Lunatic asylums Madras 1877-1891 - 1877-1891
Year: 1877
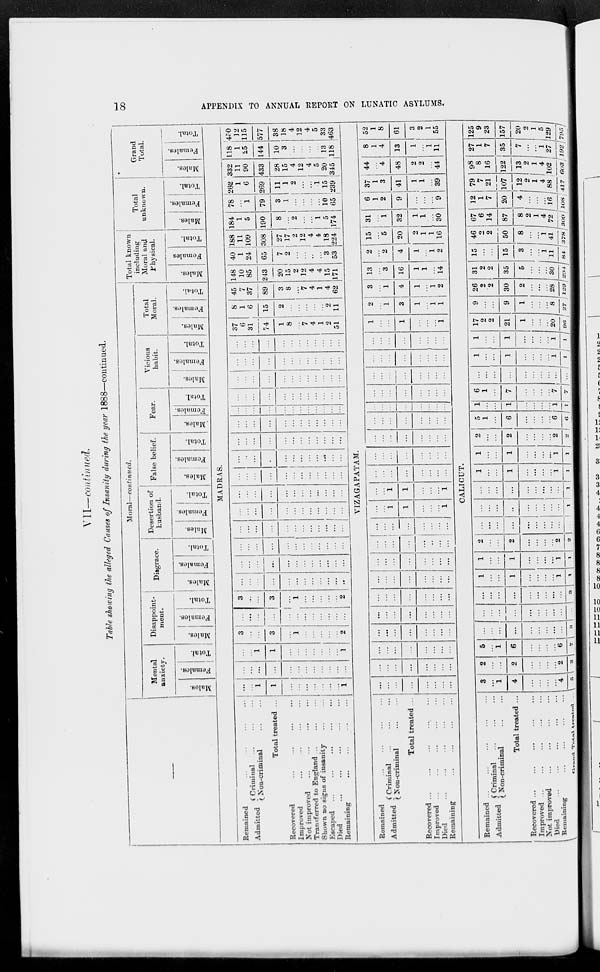
18
APPENDIX TO ANNUAL REPORT ON LUNATIC ASYLUMS.
VII—continued.
Table showing the alleged Causes of Insanity during the year 1888—continued.
––
Moral—continued.
Mental
anxiety.
Males.
Females.
Total.
Disappoint-
ment.
Males.
Females.
Total.
Disgrace.
Males.
Females.
Total.
Desertion of
husband.
Males.
Females.
Total.
False belief.
Males.
Females.
Total.
Fear.
Males.
Females.
Total.
Vicious
habit.
Males.
Females.
Total.
Total
Moral.
Males.
Females.
Total.
Total known
including
Moral and
Physical.
Males.
Females
Total.
Total
unknown.
Males.
Females.
Total.
Grand
Total.
Males.
Females.
Total.
MADRAS.
Remained ... ... ... ...
Admitted
Criminal ... ... ...
Non-criminal ... ...
Total treated ...
Recovered ... ... ... ... ...
Improved ... ... ... ...
Not improved ... ... ... ...
Transferred to England ... ... ...
Shown no signs of insanity
...
...
Escaped ...
...
... ... ...
Died ... ... ... ... ...
Remaining ... ... ... ...
...
... 1
1
...
...
...
...
...
...
...
1
...
...
...
...
...
...
...
...
...
...
...
...
...
...
1
1
...
...
...
...
...
...
...
1
3
...
...
3
...
1
...
...
...
...
...
2
...
...
...
...
...
...
...
...
...
...
...
...
3
...
...
3
...
1
...
...
...
...
...
2
...
...
...
...
...
...
. ..
...
...
...
...
...
...
...
...
...
...
...
...
...
...
...
...
...
...
...
...
...
...
...
...
...
...
...
...
...
...
...
...
...
...
...
...
...
...
...
...
...
...
...
...
...
...
...
...
...
...
...
...
...
...
....
...
...
...
...
...
...
...
...
...
...
...
...
...
...
...
...
...
...
...
...
...
...
...
...
...
...
...
...
...
...
...
..
...
...
...
...
...
...
...
...
...
...
...
...
...
...
...
...
...
...
...
...
...
...
...
...
...
...
...
...
...
...
...
...
...
...
...
...
...
...
...
...
...
...
...
...
...
...
...
...
...
...
...
...
...
...
...
...
...
...
...
...
...
...
...
...
...
...
...
...
...
...
...
...
...
...
...
...
...
...
...
...
...
...
...
...
...
...
37
6
31
74
1
8
...
7
4
1
2
51
8
1
6
15
2
...
...
...
...
...
2
11
45
7
37
89
3
8
...
7
4
1
4
62
148
10
85
243
20
15
2
12
4
4
15
171
40
1
24
65
7
2
...
...
...
...
3
53
188
11
109
308
27
17
2
12
4
4
18
224
184
1
5
190
8
...
2
...
...
1
5
174
78
...
1
79
3
1
...
...
...
...
10
65
262
1
6
269
11
1
2
...
...
1
15
239
332
11
90
433
28
15
4
12
4
5
20
345
118
1
25
144
10
3
...
...
...
...
13
118
450
12
115
577
38
18
4
12
4
5
33
463
VIZAGAPATAM.
Remained ... ... ... ...
Admitted
Criminal ... ... ...
Non-criminal ... ...
Total treated ...
Recovered ...
...
...
...
...
Improved ...
... ... ... ...
Died
...
...
...
...
...
Remaining ... ... ... ...
...
...
...
...
...
...
...
...
...
...
...
...
...
...
...
...
...
...
...
...
...
...
...
...
...
...
...
...
...
...
...
...
...
...
...
...
...
...
...
...
...
...
...
...
...
...
...
...
...
...
...
...
...
...
...
...
...
...
...
...
...
...
...
...
...
...
...
...
...
...
...
...
...
...
...
...
...
...
...
...
...
...
1
1
...
...
...
1
...
...
1
1
...
...
...
1
...
...
...
...
...
...
...
...
...
...
...
...
...
...
...
...
...
...
...
...
...
...
...
...
...
...
...
...
...
...
...
...
...
...
...
...
...
...
...
...
...
...
...
...
...
...
...
...
...
...
...
...
...
...
...
...
...
...
...
...
...
...
...
...
...
...
...
...
...
...
...
...
1
...
...
1
...
...
...
1
2
...
1
3
1
...
1
1
3
...
1
4
1
...
1
2
13
...
3
16
1
1
...
14
2
...
2
4
1
...
1
2
15
...
5
20
2
1
1
16
31
...
1
32
1
1
...
30
6
1
2
9
...
...
...
9
37
1
3
41
1
1
...
39
44
...
4
48
2
2
...
44
8
1
4
13
1
...
1
11
52
1
8
61
3
2
1
55
CALICUT.
Remained ... ... ... ... ...
Admitted
Criminal
...
...
...
Non-criminal ... ...
Total treated ...
Recovered
...
...
...
...
...
Improved
...
...
...
...
...
Not improved
...
...
...
...
Died
...
...
...
...
...
Remaining ... ... ... ...
Grand Total treated ...
3
...
1
4
...
...
...
...
4
5
2
...
...
2
...
...
...
...
2
2
5
...
1
6
...
...
...
...
6
7
...
...
...
...
...
...
...
...
...
3
...
...
...
...
...
...
...
...
...
...
...
...
...
...
...
...
...
...
...
3
1
...
...
1
...
...
...
...
1
1
1
...
...
1
...
...
...
...
1
1
2
...
...
2
...
...
...
...
2
2
...
...
...
...
...
...
...
...
...
...
...
...
...
...
...
...
...
...
...
1
...
...
...
...
...
...
...
...
...
1
1
...
...
1
...
...
...
...
1
1
1
...
...
1
...
...
...
...
1
1
2
...
...
2
...
...
...
...
2
2
5
1
...
6
...
...
...
...
6
6
1
...
...
1
...
...
...
...
1
1
6
1
...
7
...
...
...
...
7
7
...
...
...
...
...
...
...
...
...
...
1
...
...
1
...
...
...
...
1
1
1
...
...
1
...
...
...
...
1
1
17
2
2
21
1
...
...
...
20
96
9
...
...
9
1
...
...
...
8
27
26
2
2
30
2
...
...
...
28
123
31
2
2
35
5
...
...
...
30
294
15
...
...
15
3
...
...
1
11
84
46
2
2
50
8
...
...
1
41
378
67
6
14
87
8
2
1
4
72
309
12
1
7
20
4
...
...
...
16
108
79
7
21
107
12
2
1
4
88
417
98
8
16
122
13
2
1
4
102
603
27
1
7
35
7
...
...
1
27
192
125
9
23
157
20
2
1
5
129
795